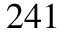
^ { 2 4 1 }